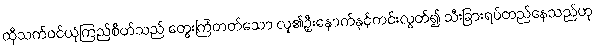
ထိုသက်ဝင်ယုံကြည်စိတ်သည် တွေးကြံတတ်သော လူ၏ဦးနှောက်နှင့်ကင်းလွတ်၍ သီးခြားရပ်တည်နေသည်ဟု